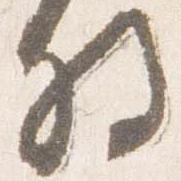
将